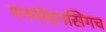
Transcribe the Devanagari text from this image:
मनमोहनसिंगच